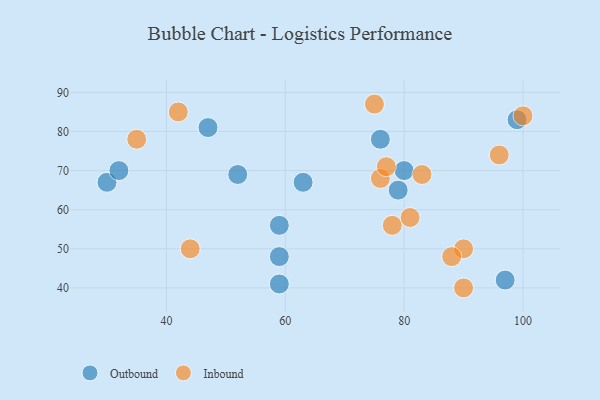
{"axis": {"x": "GDP", "y": "Life Expectancy"}, "legend": ["Inbound", "Outbound"], "data": [{"x": "76", "y": 78, "type": "Outbound"}, {"x": "99", "y": 83, "type": "Outbound"}, {"x": "59", "y": 48, "type": "Outbound"}, {"x": "59", "y": 41, "type": "Outbound"}, {"x": "63", "y": 67, "type": "Outbound"}, {"x": "30", "y": 67, "type": "Outbound"}, {"x": "52", "y": 69, "type": "Outbound"}, {"x": "47", "y": 81, "type": "Outbound"}, {"x": "59", "y": 56, "type": "Outbound"}, {"x": "32", "y": 70, "type": "Outbound"}, {"x": "97", "y": 42, "type": "Outbound"}, {"x": "80", "y": 70, "type": "Outbound"}, {"x": "79", "y": 65, "type": "Outbound"}, {"x": "42", "y": 85, "type": "Inbound"}, {"x": "90", "y": 40, "type": "Inbound"}, {"x": "83", "y": 69, "type": "Inbound"}, {"x": "78", "y": 56, "type": "Inbound"}, {"x": "76", "y": 68, "type": "Inbound"}, {"x": "44", "y": 50, "type": "Inbound"}, {"x": "81", "y": 58, "type": "Inbound"}, {"x": "77", "y": 71, "type": "Inbound"}, {"x": "35", "y": 78, "type": "Inbound"}, {"x": "75", "y": 87, "type": "Inbound"}, {"x": "96", "y": 74, "type": "Inbound"}, {"x": "90", "y": 50, "type": "Inbound"}, {"x": "100", "y": 84, "type": "Inbound"}, {"x": "88", "y": 48, "type": "Inbound"}]}